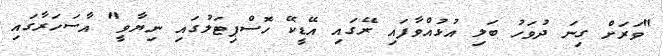
"ވަރަށް ގިނަ ދުވަހު ބަލި އުޅުއްވާފައި ރޭގައި އޭޑީކޭ ހޮސްޕިޓަލުގައި ނިޔާވީ" އާސަހަރާގައި